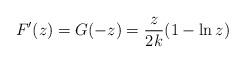
LaTeX: \begin{align*}F'(z) = G(-z) = {z\over 2k} (1-\ln z)\end{align*}